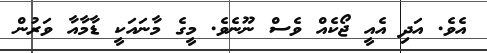
އެވެ. އަދި އެއީ ޖޯކެއް ވެސް ނޫނެވެ. މީގެ މާނައަކީ ޑާމާއާ ވަރުން